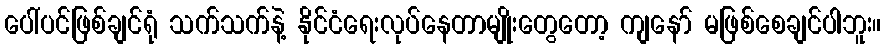
ပေါ်ပင်ဖြစ်ချင်ရုံ သက်သက်နဲ့ နိုင်ငံရေးလုပ်နေတာမျိုးတွေတော့ ကျနော် မဖြစ်စေချင်ပါဘူး။